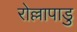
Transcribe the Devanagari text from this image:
रोल्लापाडु